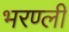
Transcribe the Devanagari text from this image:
भरण्ली